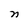
Character: n